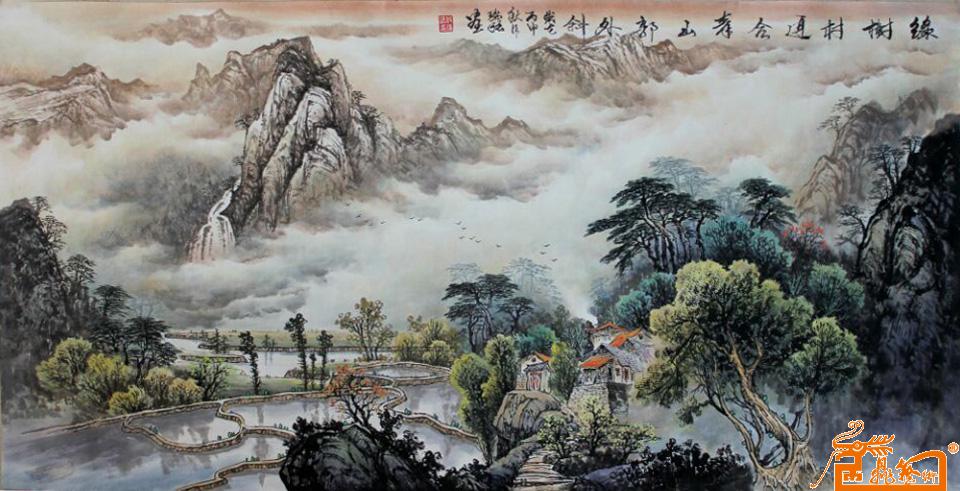
绿树村边合，青山郭外斜。